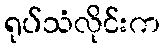
ရုပ်သံလိုင်းက